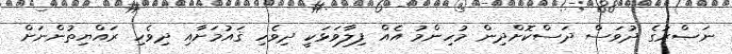
ނަޞްރުގެ ދުވަސް ދަސްކޮށްދިން މުހިންމު އެއް ފިލާވަޅަކީ ދިވެހި ޤައުމަށާއި ދިވެހި ރައްޔިތުންނަށް